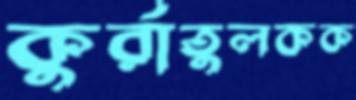
কুর্রাতুলকক